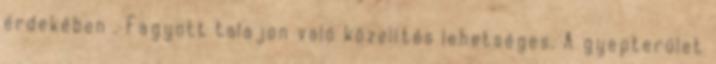
érdekében . Fagyott talajon való közelítés lehetséges. A gyepterület